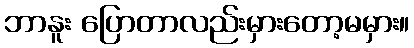
ဘာနူး ပြောတာလည်းမှားတော့မမှား။